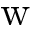
\mathrm { w }